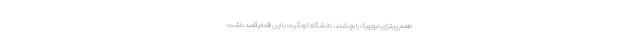
طعم پیتزای نیویورک را بچشند. دانشگاه کولگیت با این اقدام قصد داشت